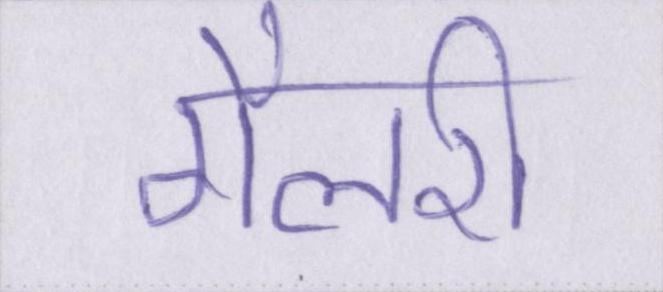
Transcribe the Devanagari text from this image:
गैलरी